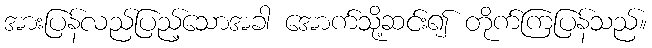
အားပြန်လည်ပြည့်သောအခါ အောက်သို့ဆင်း၍ တိုက်ကြပြန်သည်။